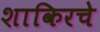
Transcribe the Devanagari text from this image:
शाकिरचे